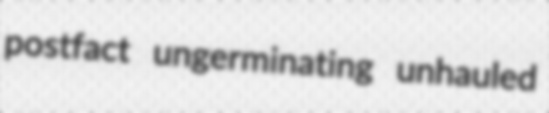
postfact ungerminating unhauled